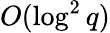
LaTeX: O(\log^{2}{q})